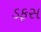
ડફસ